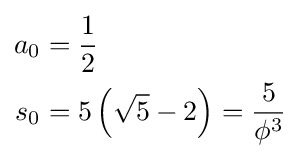
{\begin{aligned}a_{0}&={\frac {1}{2}}\\s_{0}&=5\left({\sqrt {5}}-2\right)={\frac {5}{\phi ^{3}}}\end{aligned}}